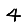
Digit: 4